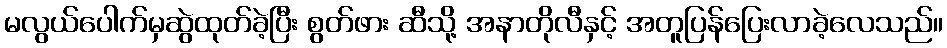
မလွယ်ပေါက်မှဆွဲထုတ်ခဲ့ပြီး စွတ်ဖား ဆီသို့ အနာတိုလီနှင့် အတူပြန်ပြေးလာခဲ့လေသည်။